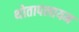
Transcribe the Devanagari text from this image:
थोतापलायम